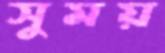
সুময়